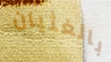
بالغثيان